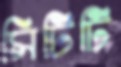
সিটিটি